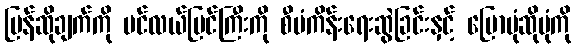
ပြန်ဆိုချက်ကို ပင်လယ်ပြင်ကြီးကို စီမံကိန်းရေးဆွဲခြင်းနှင့် ပြောပုံဆိုပုံကို